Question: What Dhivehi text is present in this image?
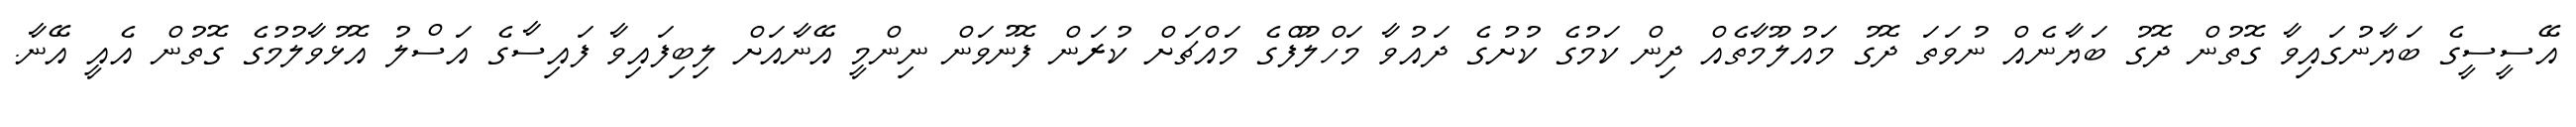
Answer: އޭސީސީގެ ބަޔާނުގައިވާ ގޮތުން ދޮގު ބަޔާނެއް ނުވަތަ ދޮގު މައުލޫމާތެއް ދިން ކަމުގެ ކުށުގެ ދައުވާ މަހްލޫފްގެ މައްޗަށް ކުރަން ފޮނުވަން ނިންމީ އޭނާއަށް ލިބިފައިވާ ފައިސާގެ އަސްލު އޮޅުވާލުމުގެ ގޮތުން އެއީ އޭނާ.